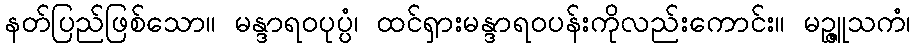
နတ်ပြည်ဖြစ်သော။ မန္ဒာရဝပုပ္ပံ၊ ထင်ရှားမန္ဒာရဝပန်းကိုလည်းကောင်း။ မဉ္ဇူသကံ၊